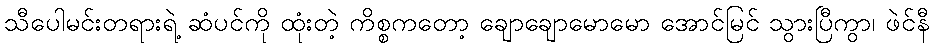
သီပေါမင်းတရားရဲ့ ဆံပင်ကို ထုံးတဲ့ ကိစ္စကတော့ ချောချောမောမော အောင်မြင် သွားပြီကွာ၊ ဖဲင်နီ